Civil Veterinary Dept. Bombay admin report 1923-31 - 1923-1931
Year: 1923
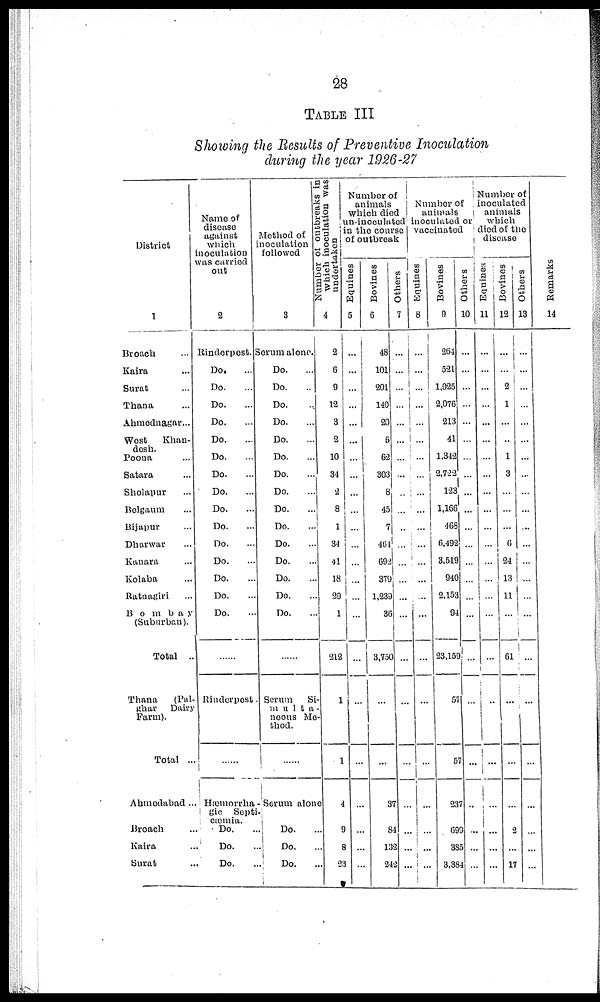
28
TABLE III
Showing the Results of Preventive Inoculation
during the year 1926-27
District
1
Broach ...
Kaira ...
Surat ...
Thana ...
Ahmednagar ...
West
Khan-
desh.
Poona ...
Satara ...
Sholapur ...
Bolgaum ...
Bijapur ...
Dharwar ...
Kanara ...
Kolaba ...
Ratnagiri ...
Bombay ...
(Suburban).
Total
..
Thana
(Pal-
ghar
Dairy
Farm).
Total ...
Ahmedabad ...
Broach ...
Kaira ...
Surat ...
Name of
disease
against
which
inoculation
was curried
out
2
Rinderpost.
Do.
Do.
Do.
Do.
Do.
Do. ...
Do. ...
Do. ...
Do. ...
Do. ...
Do. ...
Do. ...
Do. ...
Do. ...
Do. ...
......
Rindorpost.
......
Hæmorrha
gic Septi-
cæmia.
Do. ...
Do. ...
Do. ...
Method of
noculation
followed
3
Serum alone.
Do.
Do.
Do.
Do.
Do.
Do. ...
Do.
...
Do.
...
Do.
...
Do.
...
Do.
...
Do. ...
Do. ...
Do.
...
Do. ...
......
Serum
Si-
multa-
noous Me-
thod.
......
Serum alone
Do.
...
Do. ...
Do. ...
which inoculation was
undertaken
4
2
6
9
12
3
2
10
31
2
8
1
31
41
18
20
1
212
1
1
4
9
8
23
Number of
animals
Which died
in the course
of outbreak
Equines
5
...
...
...
...
...
...
...
...
...
...
...
...
...
...
...
...
...
...
...
...
...
Bovines
6
48
101
201
140
20
5
62
303
8
45
7
461
692
379
1,239
36
3,750
...
...
37
84
132
242
Others
7
...
...
...
...
...
...
...
...
...
...
...
...
...
...
...
...
...
...
...
...
...
...
Number of
animals
inoculated or
vaccinated
Equines
8
...
...
...
...
...
...
...
...
...
...
...
...
...
...
...
...
...
...
...
...
...
...
...
...
Bovines
9
264
521
1,025
2,076
213
41
1,312
2,722
123
1,166
468
6,492
3,519
910
2,153
94
23,159
57
57
23
693
38
3,384
Others
10
...
...
...
...
...
...
...
...
...
...
...
...
...
...
...
...
...
...
..
...
...
...
Number of
inoculated
animals
which
died of the
disease
Equines
11
...
...
...
...
...
...
...
...
...
...
...
...
...
...
...
...
...
...
...
...
...
...
Bovines
12
...
2
1
...
...
1
3
...
...
...
6
24
13
11
...
61
...
...
2
...
17
Others
13
...
...
...
...
...
...
...
...
...
...
...
...
...
...
...
...
...
...
...
...
...
...
...
Remarks
14